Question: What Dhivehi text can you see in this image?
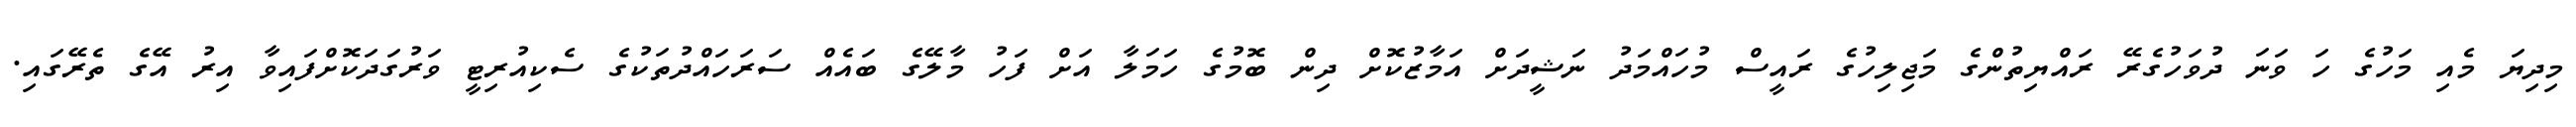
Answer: މިދިޔަ މެއި މަހުގެ ހަ ވަނަ ދުވަހުގެރޭ ރައްޔިތުންގެ މަޖިލިހުގެ ރައީސް މުހައްމަދު ނަޝީދަށް އަމާޒުކޮށް ދިން ބޮމުގެ ހަމަލާ އަށް ފަހު މާލޭގެ ބައެއް ސަރަހައްދުތަކުގެ ސެކިއުރިޓީ ވަރުގަދަކޮށްފައިވާ އިރު އޭގެ ތެރޭގައި.